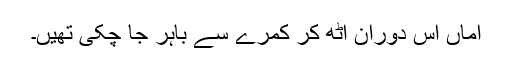
اماں اس دوران اٹھ کر کمرے سے باہر جا چکی تھیں۔